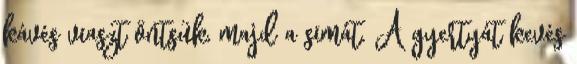
kávés viaszt öntsük, majd a simát. A gyertyát kevés